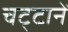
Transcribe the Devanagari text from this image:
चट्‍टानें